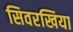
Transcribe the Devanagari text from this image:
सिवरखिया